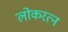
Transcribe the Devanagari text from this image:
लोकरत्न